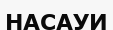
НАСАУИ